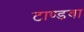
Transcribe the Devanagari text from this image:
टाण्डवा